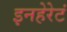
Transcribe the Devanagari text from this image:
इनहेरेटं